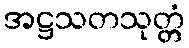
အဋ္ဌသတသုတ္တံ